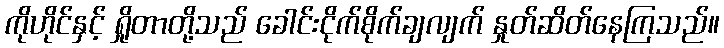
ကိုဟိုင်နှင့် ရှိုတာတို့သည် ခေါင်းငိုက်စိုက်ချလျက် နှုတ်ဆိတ်နေကြသည်။